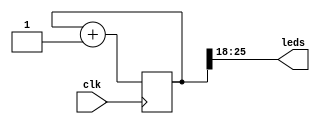
module Blinky(
   input wire clk,
   output wire[7:0] leds 
);

reg [25:0] counter;

assign leds = counter[25:18];

always @(posedge clk) begin
	counter <= counter + 1;
end

endmodule